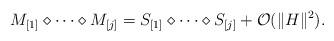
LaTeX: \begin{align*}M_{[1]} \diamond \cdots \diamond M_{[j]} &= S_{[1]} \diamond \cdots \diamond S_{[j]} + \mathcal{O}(\|H\|^2).\end{align*}